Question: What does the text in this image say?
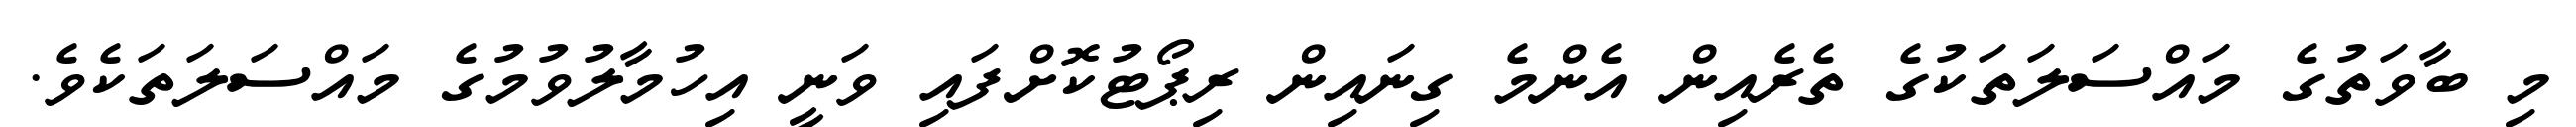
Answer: މި ބާވަތުގެ މައްސަލަތަކުގެ ތެރެއިން އެންމެ ގިނައިން ރިޕޯޓުކޮށްފައި ވަނީ އިހުމާލުވުމުގެ މައްސަލަތަކެވެ.